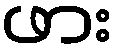
ဖား